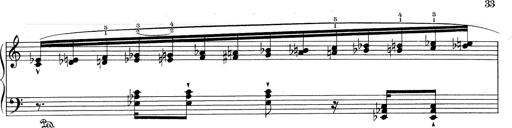
Title: RÃ©miniscences de Don Juan
Composer: Franz Liszt